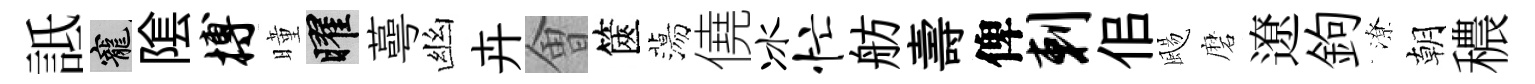
詆寵隂搏曈曜蕚幽卉㑹篋蕩僥冰忙舫壽俾剌佀颺磨遼鉤潦朝穠